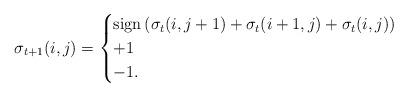
\begin{align*}\sigma_{t+1}(i, j)=\begin{cases}\textrm{sign}\left(\sigma_{t}(i, j+1)+\sigma_{t}(i+1, j)+ \sigma_{t}(i, j)\right) \\+1 \\-1 .\end{cases}\end{align*}